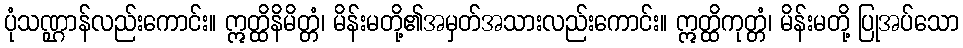
ပုံသဏ္ဌာန်လည်းကောင်း။ ဣတ္ထိနိမိတ္တံ၊ မိန်းမတို့၏အမှတ်အသားလည်းကောင်း။ ဣတ္ထိကုတ္တံ၊ မိန်းမတို့ ပြုအပ်သော